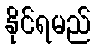
နိုင်ရမည်